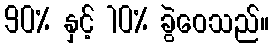
90% နှင့် 10% ခွဲဝေသည်။